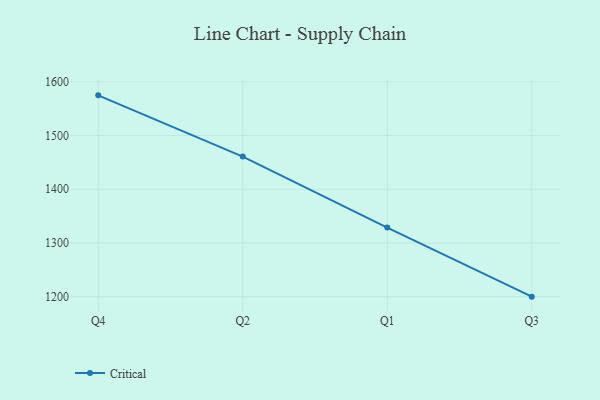
{"axis": {"x": "Quarter", "y": "Budget (USD K)"}, "legend": ["Critical"], "data": [{"x": "Q4", "y": 1574.8, "type": "Critical"}, {"x": "Q2", "y": 1460.8, "type": "Critical"}, {"x": "Q1", "y": 1328.6, "type": "Critical"}, {"x": "Q3", "y": 1200.1, "type": "Critical"}]}